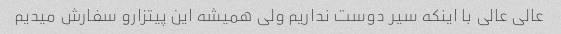
عالی عالی با اینکه سیر دوست نداریم ولی همیشه این پیتزارو سفارش میدیم